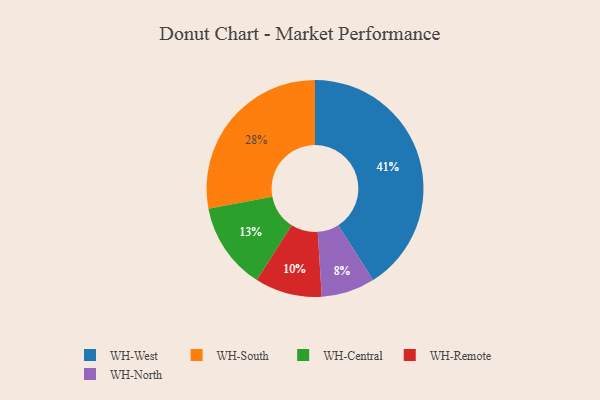
{"axis": {"x": "Category", "y": "Percentage"}, "legend": ["WH-Central", "WH-North", "WH-Remote", "WH-South", "WH-West"], "data": [{"x": "WH-Central", "y": 13, "type": "WH-Central"}, {"x": "WH-South", "y": 28, "type": "WH-South"}, {"x": "WH-North", "y": 8, "type": "WH-North"}, {"x": "WH-West", "y": 41, "type": "WH-West"}, {"x": "WH-Remote", "y": 10, "type": "WH-Remote"}]}